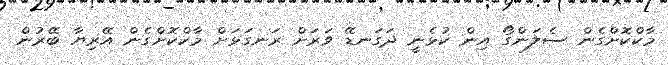
މާކްކޮށްގެން ސެލަންގޯ އިން ކުޅެނީ ދަގަނޑޭ ވަރަށް ރަނގަޅަށް މާކްކޮށްގެން އޭރިޔާ ބޭރުން